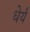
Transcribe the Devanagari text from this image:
धेर्य